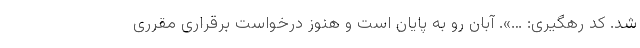
شد. کد رهگیری: …». آبان رو به پایان است و هنوز درخواست برقراری مقرری